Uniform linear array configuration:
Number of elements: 4
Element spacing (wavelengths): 0.5
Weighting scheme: cosine
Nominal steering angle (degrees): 15
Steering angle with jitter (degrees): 13.733
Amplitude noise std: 0.05
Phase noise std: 0.05

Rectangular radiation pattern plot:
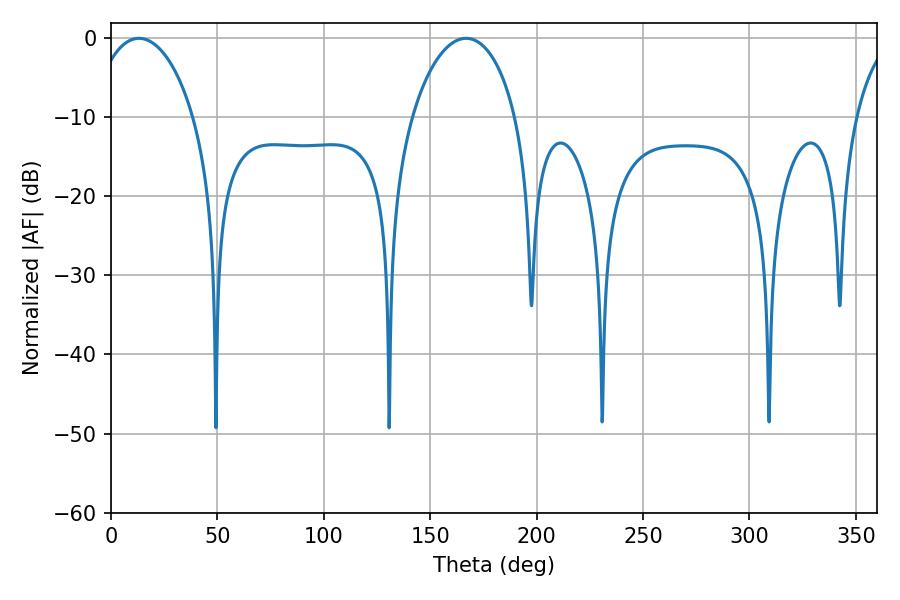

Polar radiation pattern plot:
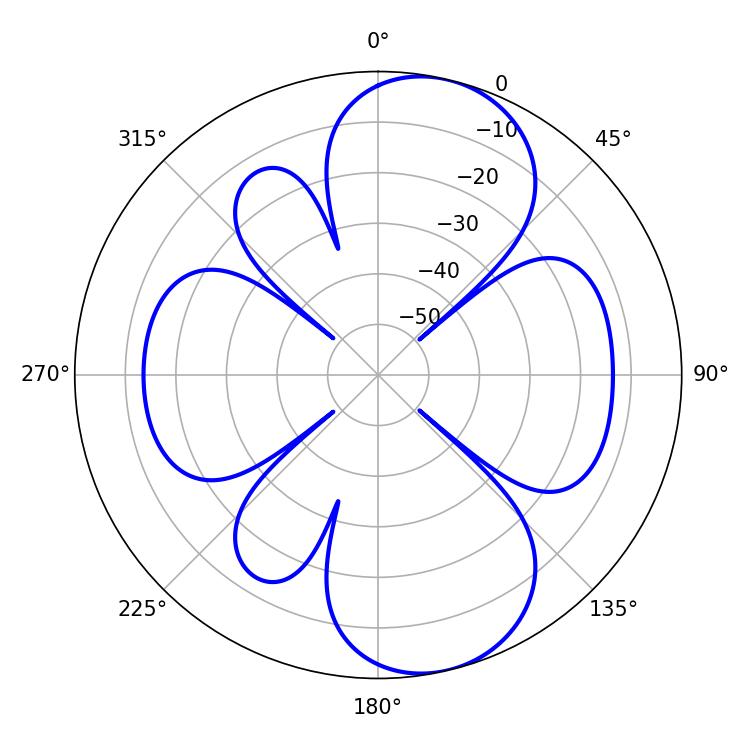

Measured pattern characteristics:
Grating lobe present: FALSE
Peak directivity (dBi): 9.342
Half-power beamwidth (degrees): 27.54
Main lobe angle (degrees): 13.14